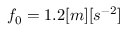
f _ { 0 } = 1 . 2 [ m ] [ s ^ { - 2 } ]